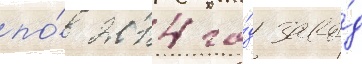
по́ 2014 го́д заво́д